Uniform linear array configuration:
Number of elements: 4
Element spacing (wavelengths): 0.75
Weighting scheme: exponential
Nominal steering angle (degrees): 15
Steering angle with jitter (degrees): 15.842
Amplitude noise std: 0.05
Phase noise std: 0.05

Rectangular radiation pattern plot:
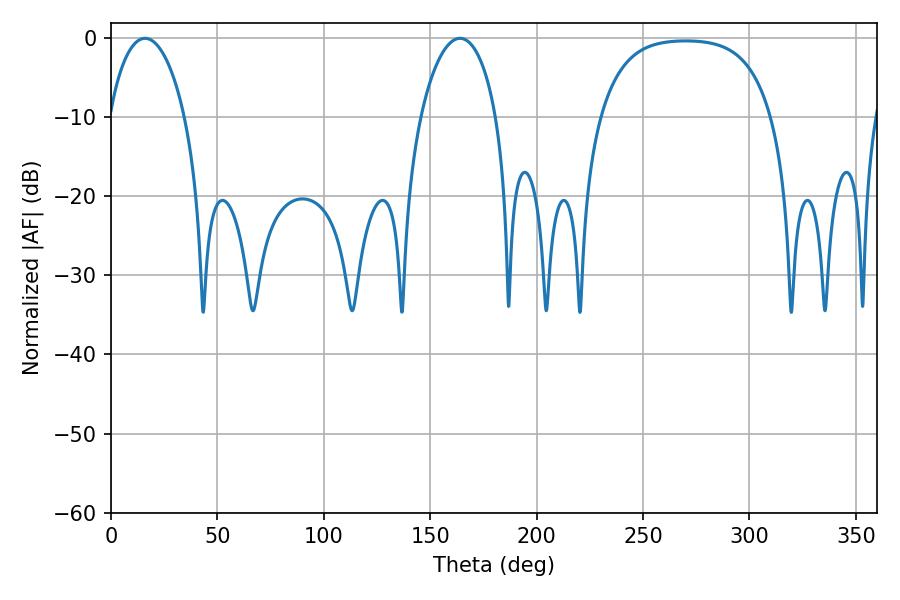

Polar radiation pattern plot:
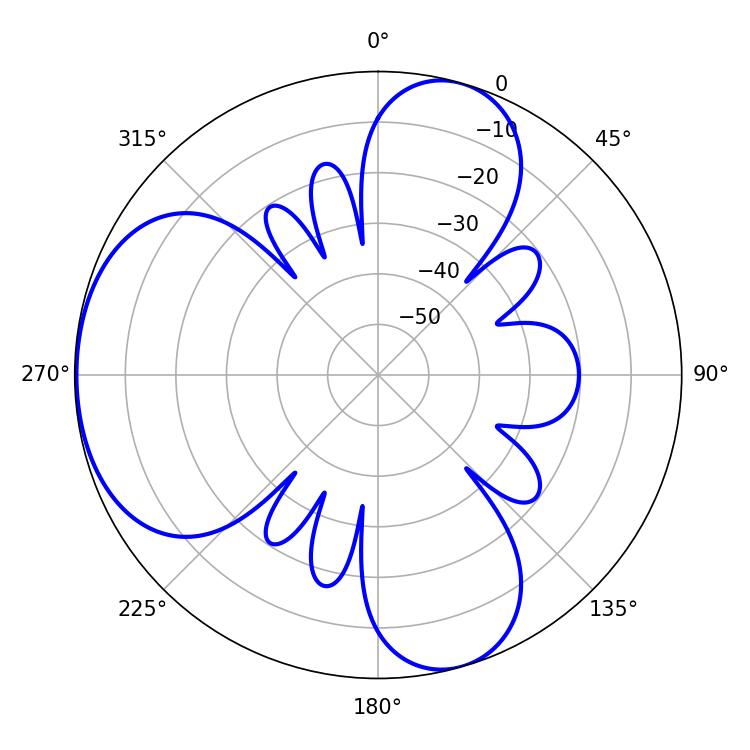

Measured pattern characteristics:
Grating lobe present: TRUE
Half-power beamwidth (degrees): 20.34
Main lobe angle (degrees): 16.02